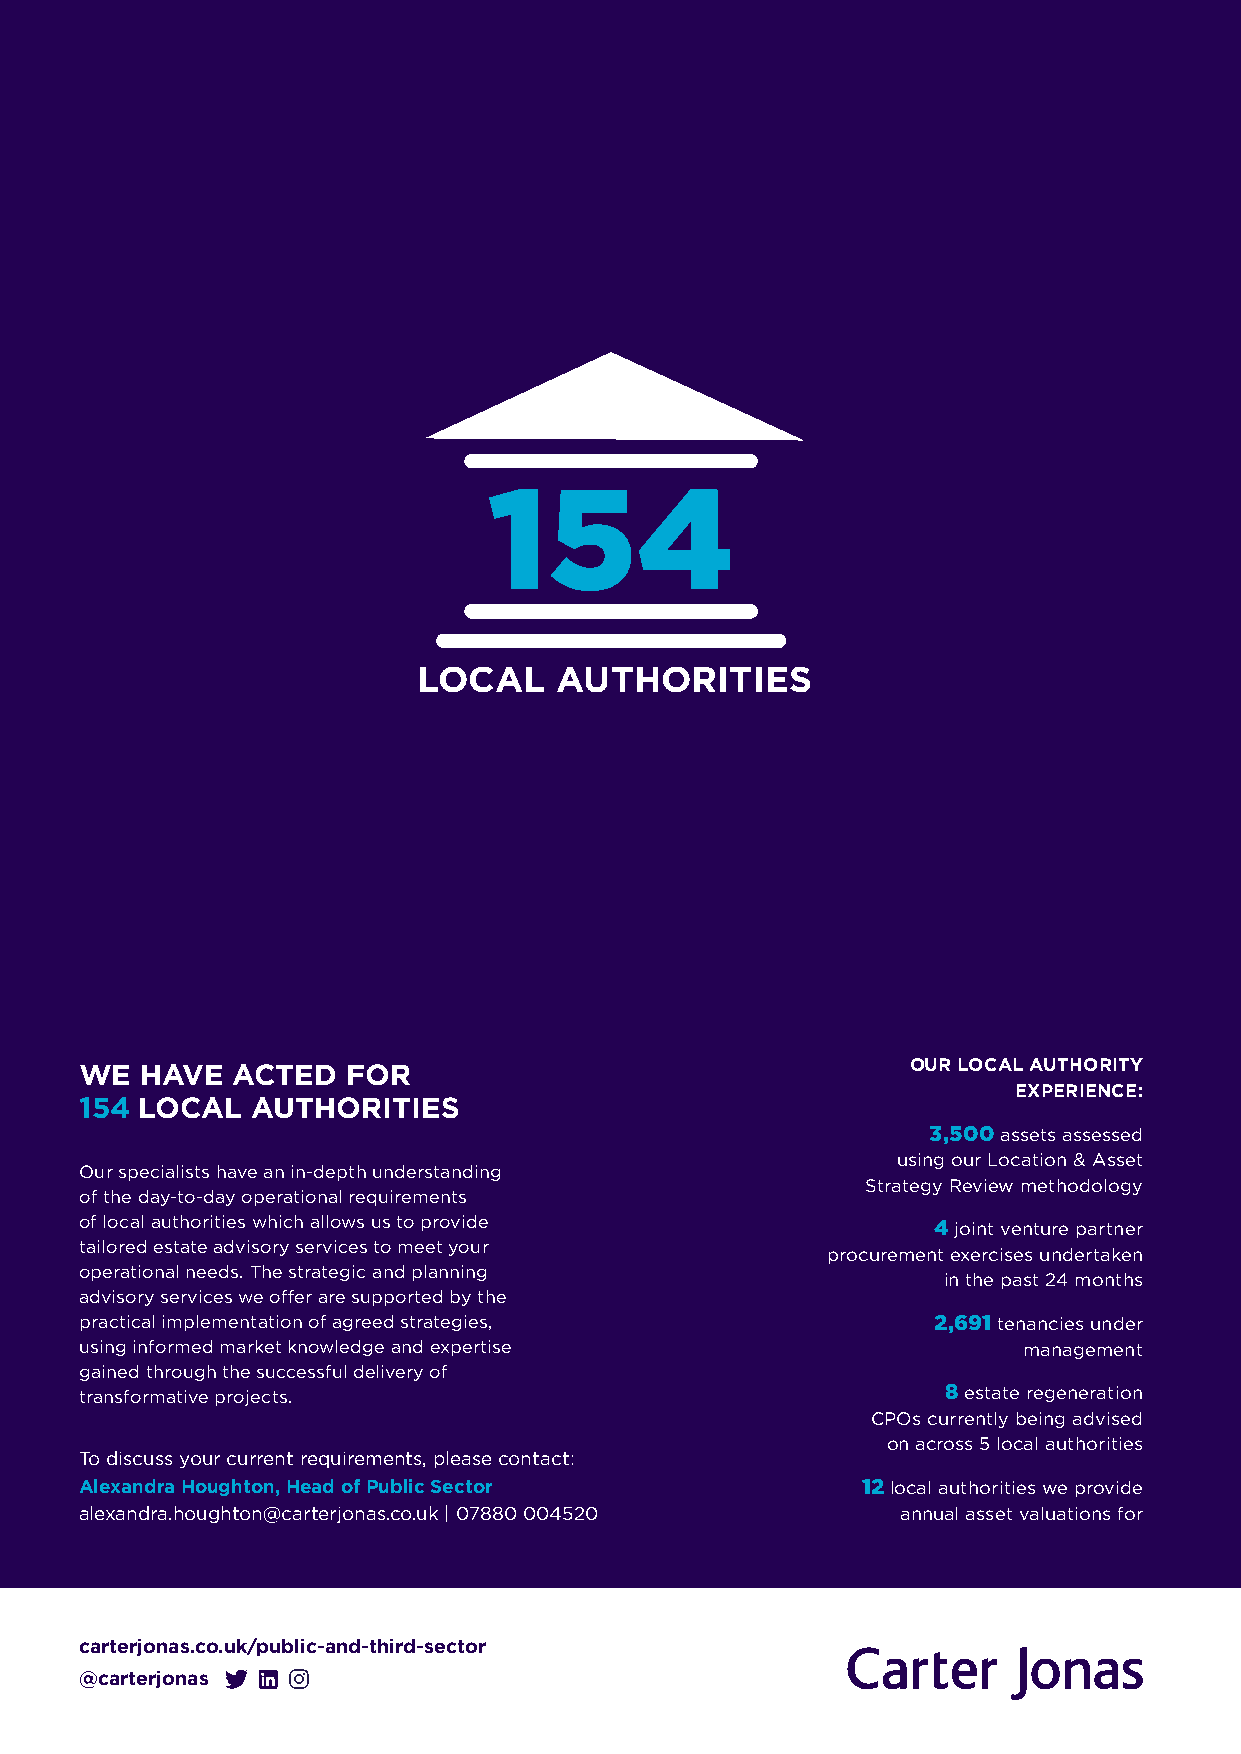
154
 LOCAL    AUTHORITIES
 WE  HAVE  ACTED   FOR                                  OUR LOCAL AUTHORITY
 EXPERIENCE:
 154 LOCAL   AUTHORITIES
 3,500 assets assessed
 using our Location & Asset
 Our specialists have an in-depth understanding
 Strategy Review methodology
 of the day-to-day operational requirements
 of local authorities which allows us to provide
 4 joint venture partner
 tailored estate advisory services to meet your
 procurement exercises undertaken
 operational needs. The strategic and planning
 in the past 24 months
 advisory services we offer are supported by the
 practical implementation of agreed strategies,           2,691 tenancies under
 using informed market knowledge and expertise                  management
 gained through the successful delivery of
 transformative projects.                                  8 estate regeneration
 CPOs currently being advised
 on across 5 local authorities
 To discuss your current requirements, please contact:
 Alexandra Houghton, Head of Public Sector           12 local authorities we provide
 alexandra.houghton@carterjonas.co.uk | 07880 004520    annual asset valuations for
 carterjonas.co.uk/public-and-third-sector
 @carterjonas